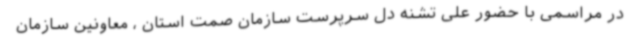
در مراسمی با حضور علی تشنه دل سرپرست سازمان صمت استان ، معاونین سازمان